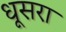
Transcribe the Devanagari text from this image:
धूसरा